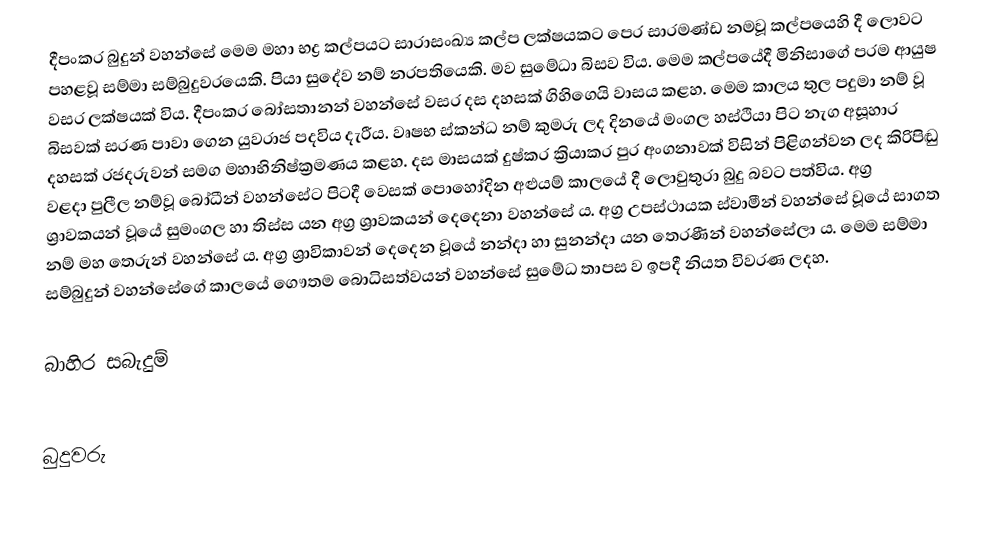
දීපංකර බුදුන් වහන්සේ මෙම මහා භද්‍ර කල්පයට සාරාසංඛ්‍ය කල්ප ලක්ෂයකට පෙර සාරමණ්ඩ නමවූ කල්පයෙහි දී ලොවට පහළවූ සම්මා සම්බුදුවරයෙකි. පියා සුදේව නම් නරපතියෙකි. මව සුමේධා බිසව විය. මෙම කල්පයේදී මිනිසාගේ පරම ආයුෂ වසර ලක්ෂයක් විය. දීපංකර බෝසතානන් වහන්සේ වසර දස දහසක් ගිහිගෙයි වාසය කළහ. මෙම කාලය තුල පදුමා නම් වූ බිසවක් සරණ පාවා ගෙන යුවරාජ පදවිය දැරීය. වෘෂභ ස්කන්ධ  නම් කුමරු ලද දිනයේ මංගල හස්ථියා පිට නැග අසූහාර දහසක් රජදරුවන් සමග මහාභිනිෂ්ක්‍රමණය කළහ. දස මාසයක් දුෂ්කර ක්‍රියාකර පුර අංගනාවක් විසින් පිළිගන්වන ලද කිරිපිඬු වළදා පුලීල නම්වූ බෝධීන් වහන්සේට පිටදී වෙසක් පොහෝදින අළුයම් කාලයේ දී ලොවුතුරා බුදු බවට පත්විය. අග්‍ර ශ්‍රාවකයන් වූයේ සුමංගල හා තිස්ස යන අග්‍ර ශ්‍රාවකයන් දෙදෙනා වහන්සේ ය. අග්‍ර උපස්ථායක ස්වාමීන් වහන්සේ වූයේ සාගත නම් මහ තෙරුන් වහන්සේ ය. අග්‍ර ශ්‍රාවිකාවන් දෙදෙන වූයේ නන්දා හා සුනන්දා යන තෙරණීන් වහන්සේලා ය. මෙම සම්මා සම්බුදුන් වහන්සේගේ කාලයේ ගෞතම බොධිසත්වයන් වහන්සේ සුමේධ තාපස ව ඉපදී නියත විවරණ ලදහ.

බාහිර සබැදුම්

බුදුවරු